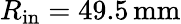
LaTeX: R_{\mathrm{in}}=49.5\, \mathrm{mm}